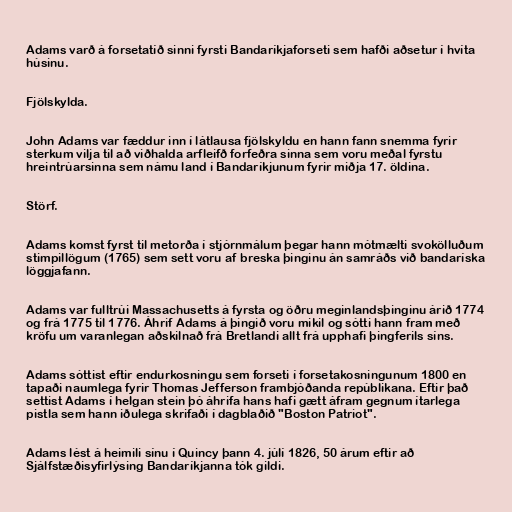
Adams varð á forsetatíð sinni fyrsti Bandaríkjaforseti sem hafði aðsetur í hvíta
húsinu.

Fjölskylda.

John Adams var fæddur inn í látlausa fjölskyldu en hann fann snemma fyrir
sterkum vilja til að viðhalda arfleifð forfeðra sinna sem voru meðal fyrstu
hreintrúarsinna sem námu land í Bandaríkjunum fyrir miðja 17. öldina.

Störf.

Adams komst fyrst til metorða í stjórnmálum þegar hann mótmælti svokölluðum
stimpillögum (1765) sem sett voru af breska þinginu án samráðs við bandaríska
löggjafann.

Adams var fulltrúi Massachusetts á fyrsta og öðru meginlandsþinginu árið 1774
og frá 1775 til 1776. Áhrif Adams á þingið voru mikil og sótti hann fram með
kröfu um varanlegan aðskilnað frá Bretlandi allt frá upphafi þingferils síns.

Adams sóttist eftir endurkosningu sem forseti í forsetakosningunum 1800 en
tapaði naumlega fyrir Thomas Jefferson frambjóðanda repúblikana. Eftir það
settist Adams í helgan stein þó áhrifa hans hafi gætt áfram gegnum ítarlega
pistla sem hann iðulega skrifaði í dagblaðið "Boston Patriot".

Adams lést á heimili sínu í Quincy þann 4. júlí 1826, 50 árum eftir að
Sjálfstæðisyfirlýsing Bandaríkjanna tók gildi.